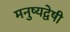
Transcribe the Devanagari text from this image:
मनुष्यद्वेषी